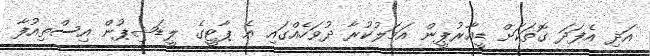
އަދި އެފަދަ ގޮތަކަށް ޑީއާރުޕީން އަމަލުކުރާ ދުވަހެއްގައި އެ ޕާޓީގެ ލީޑަޝިޕުން އިސްތިއުފާ